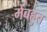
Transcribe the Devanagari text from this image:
मेंबहुत